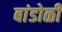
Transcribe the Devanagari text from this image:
बांडोळी